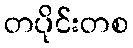
တပိုင်းတစ